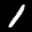
Label: 1